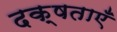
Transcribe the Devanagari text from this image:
दक्षताएँ